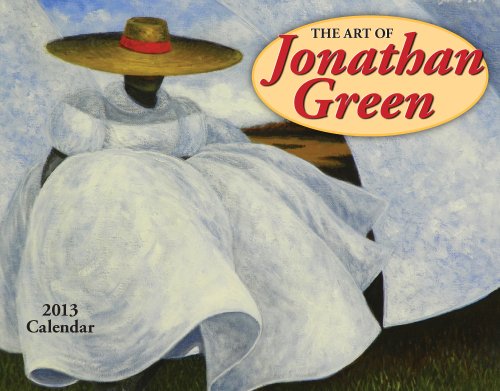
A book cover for The Art of Jonathan Green 2013 Calendar; Jonathan Green; Calendars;